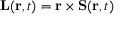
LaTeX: \mathbf { L } ( \mathbf { r } , t ) = \mathbf { r } \times \mathbf { S } ( \mathbf { r } , t )